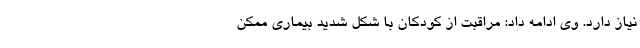
نیاز دارد. وی ادامه داد: مراقبت از کودکان با شکل شدید بیماری ممکن